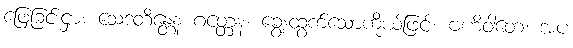
ဖြေခြင်းငှာ။ သေဒတိန္တေန ဂတ္တေန၊ ချွေးထွက်သောကိုယ်ဖြင့်။ ဗဟိဝါတေ၊ အပ